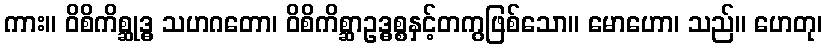
ကား။ ဝိစိကိစ္ဆုဒ္ဓ သဟဂတော၊ ဝိစိကိစ္ဆာဥဒ္ဓစ္စနှင့်တကွဖြစ်သော။ မောဟော၊ သည်။ ဟေတု၊